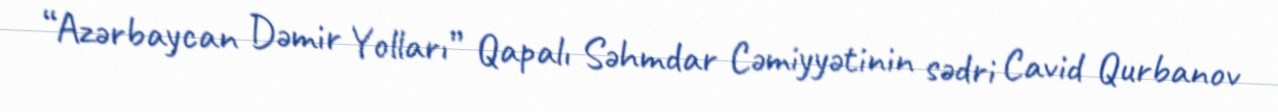
“Azərbaycan Dəmir Yolları” Qapalı Səhmdar Cəmiyyətinin sədri Cavid Qurbanov